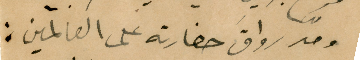
ومدّ رواقَ حضارته على العالمين :